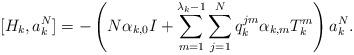
LaTeX: \begin{align*}[H_k,a_k^N] = -\left( N\alpha_{k,0}I + \sum_{m=1}^{\lambda_k-1}\sum_{j=1}^Nq_k^{jm}\alpha_{k,m}T_k^m\right)a_k^N.\end{align*}